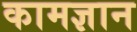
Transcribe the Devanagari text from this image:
कामज्ञान